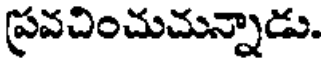
ప్రవచించుచున్నాడు.